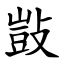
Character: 敱